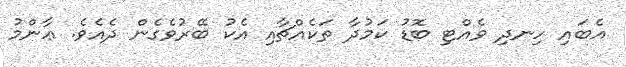
އެބައި ހިނދި ވެއްޓި ބޮޑު ކަމުދާ ތަކެއްޗާއި އެކު ބޭރުވެގެން ދެއެވެ. ޢާންމު